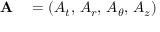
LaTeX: \begin{array} { r l } { \mathbf { A } } & { { } = ( A _ { t } , \, A _ { r } , \, A _ { \theta } , \, A _ { z } ) } \end{array}